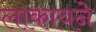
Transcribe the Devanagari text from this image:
लाकायने